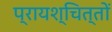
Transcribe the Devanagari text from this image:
प्रायश्चित्तों